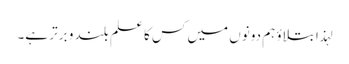
لہذا بتلاوٴ ہم دونوں میں کس کا علم بلند و برتر ہے۔